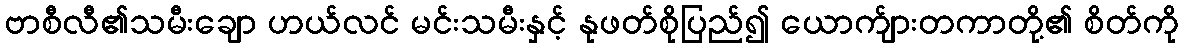
ဗာစီလီ၏သမီးချော ဟယ်လင် မင်းသမီးနှင့် နုဖတ်စိုပြည်၍ ယောက်ျားတကာတို့၏ စိတ်ကို